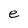
Character: e